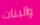
والبنات